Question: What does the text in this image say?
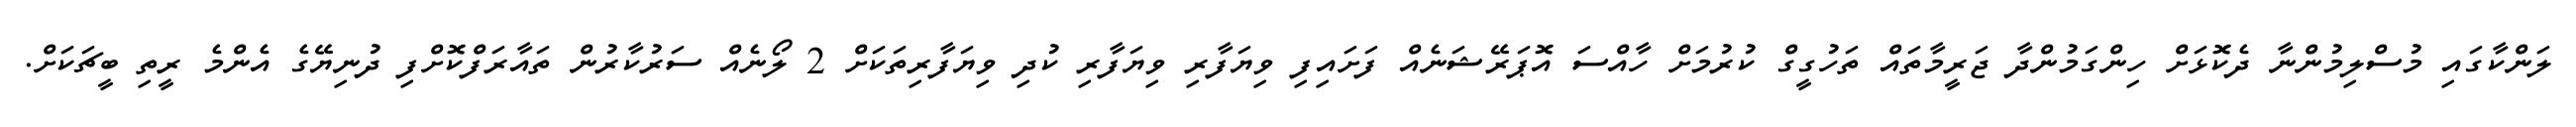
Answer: ލަންކާގައި މުސްލިމުންނާ ދެކޮޅަށް ހިންގަމުންދާ ޖަރީމާތައް ތަހުގީގް ކުރުމަށް ހާއްސަ އޮޕަރޭޝަނެއް ފަށައިފި ވިޔަފާރި ވިޔަފާރި ކުދި ވިޔަފާރިތަކަށް 2 ލޯނެއް ސަރުކާރުން ތައާރަފްކޮށްފި ދުނިޔޭގެ އެންމެ ރީތި ބީޗަކަށް.